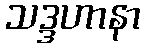
သဒ္ဒဟာနာ